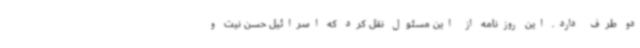
دو طرف دارد. این روزنامه از این مسئول نقل کرد که اسرائیل حسن نیت و